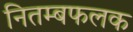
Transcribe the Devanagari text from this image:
नितम्बफलक